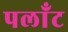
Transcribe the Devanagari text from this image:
पलाँट